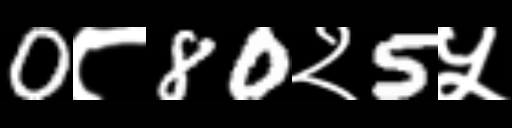
Text: 0८80२5५